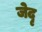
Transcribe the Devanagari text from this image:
जेदृ